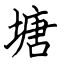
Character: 塘